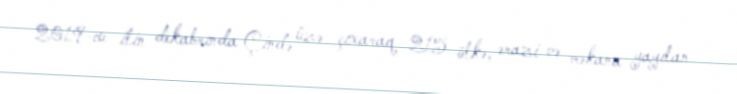
2019-cu ilin dekabrında Çində üzə çıxaraq 215 ölkə, ərazi və məkana yayılan